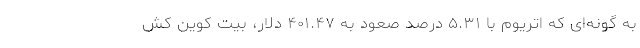
به گونه‌ای که اتریوم با ۵.۳۱ درصد صعود به ۴۰۱.۴۷ دلار، بیت کوین کش